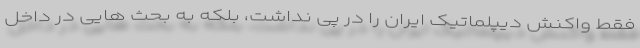
فقط واکنش دیپلماتیک ایران را در پی نداشت، بلکه به بحث هایی در داخل